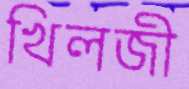
খিলজী